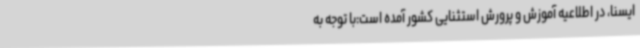
ایسنا، در اطلاعیه آموزش و پرورش استثنایی کشور آمده است:با توجه به